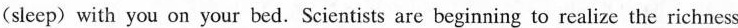
(sleep) with you on your bed. Scientists are beginning to realize the richness